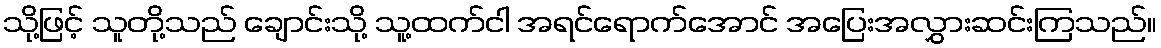
သို့ဖြင့် သူတို့သည် ချောင်းသို့ သူ့ထက်ငါ အရင်ရောက်အောင် အပြေးအလွှားဆင်းကြသည်။